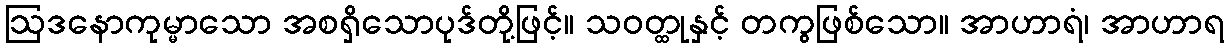
ဩဒနောကုမ္မာသော အစရှိသောပုဒ်တို့ဖြင့်။ သဝတ္ထုနှင့် တကွဖြစ်သော။ အာဟာရံ၊ အာဟာရ